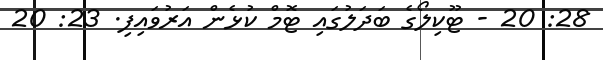
28: 20 - ޓޫކިލޯގެ ބަދަލުގައި ޓޮމް ކުޅެން އަރުވައިފި. 23: 20